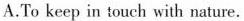
A.To keep in touch with nature.